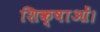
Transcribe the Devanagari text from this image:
शिक्षाओं।